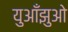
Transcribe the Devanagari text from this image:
युआँझुओ